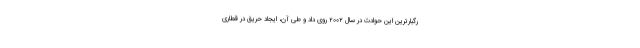
رگبارترین این حوادث در سال ۲۰۰۲ روی داد و طی آن، ایجاد حریق در قطاری